Document type: Sale
Year: 1354
Scribe: Bernat de Torre
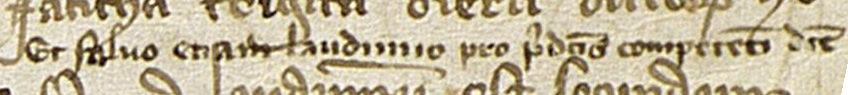
Et salvo etiam laudimio pro predictis competenti dicte